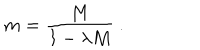
m = \frac { M } { 1 - \lambda M } ~ .